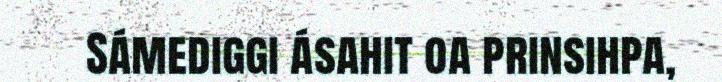
Sámediggi ásahit oa prinsihpa,